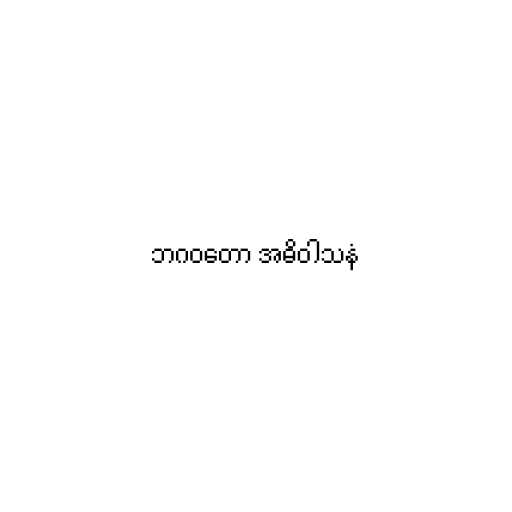
ဘဂဝတော အဓိဝါသနံ